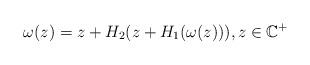
LaTeX: \begin{align*} \omega(z)=z+H_2(z+H_1(\omega(z))), z\in\mathbb{C}^+\end{align*}